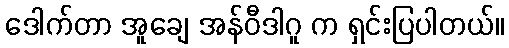
ဒေါက်တာ အူချေ အန်ဝီဒါဂူ က ရှင်းပြပါတယ်။